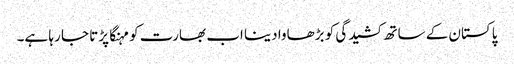
پاکستان کے ساتھ کشیدگی کو بڑھاوا دینا اب بھارت کو مہنگا پڑتا جا رہا ہے۔